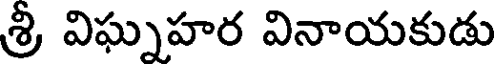
శ్రీ విఘ్నహర వినాయకుడు